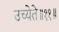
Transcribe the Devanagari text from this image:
उच्येते॥११॥